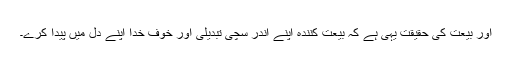
اور بیعت کی حقیقت یہی ہے کہ بیعت کنندہ اپنے اندر سچی تبدیلی اور خوفِ خدا اپنے دل میں پیدا کرے۔